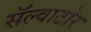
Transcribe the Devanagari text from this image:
सॅल्वाटोर